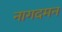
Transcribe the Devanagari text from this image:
नागदमन